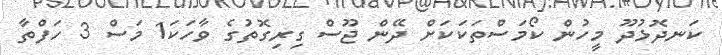
ކަނދޮޅުދޫ މީހުން ކޯމަސްތަކަކަށް ދޭން ޖޫސް ގިރިގޮތުގެ ވާހަކަ1 މަސް 3 ހަފްތާ